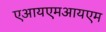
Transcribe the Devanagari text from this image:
एआयएमआयएम